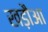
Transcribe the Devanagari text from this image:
खड़ौआ